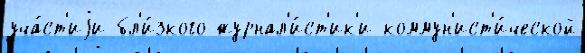
уча́ст'иjи бл'и́зкого журнал'и́ст'ик'и коммун'ист'и́ческой